Annual report on the lock hospitals of the Madras Presidency
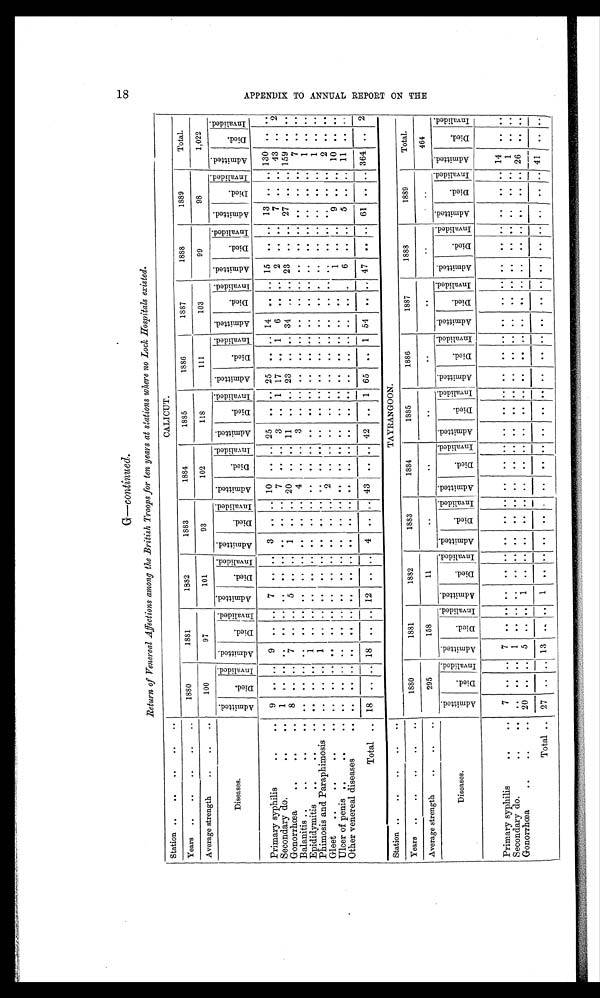
G—continued.
Return of Venereal Affections among the British Troops for ten years at stations where no Loch Hospitals existed.
Station
CALI CUT.
Years
1880
1881
1882
1883
1884
1885
1886
1887
1888
1889
Total.
Average strength
100
97
101
93
102
118
111
103
99
98
1,022
Diseases.
A d m i t t e d .
D i e d .
I n v a l i d e d . A d m i t t e d .
Died.
I n v a l i d e d .
A d m i t t e d .
D i e d .
I n v a l i d e d . A d m i t t e d .
D i e d .
I nv al i ded. A d m i t t e d .
D i e d .
I n v a l i d e d . A d m i t t e d .
D i e d .
I n v a l i d e d .
A d m i t t e d .
D i e d .
I n v a l i d e d . A d m i t t e d .
D i e d .
I nv al i ded.
A d m i t t e d .
D i e d .
I n v a l i d e d . A d m i t t e d .
D i e d .
I nval i ded. A d m i t t e d .
D i e d .
I n v a l i d e d .
Primary syphilis
9
. .
. . 9 .. ..
7
. .
. . 3
. . .. 10 .. .. 25
. . .. 25
. .
. . 14
. . .. 15
. .
. . 13
. . .. 130
. . . .
Secondary do.
1
. .
. . .. .. ..
. .
. . . .
. .
. . ..
7
. .
. . 3
. . 1 17
. . 1
6
. . ..
2
. .
. . 7
. . .. 43
. .
2 . .
Gonorrhœa
8
. .
. . 7 .. ..
5
. .
. . 1
. . .. 20
. .
. . 11
. .
. . 23
. .
. . 34 ... .. 23 ..
. . 27
. . .. 159
. .
. .
Balanitis
. .
. .
. . .. .. ..
. .
. .
. . . .
. . ..
4 . .
. . . .
. 3 .
. . . .
. .
. . . .
. .
. . .. ..
. . . . ..
. .
7
. .
. .
Epididymitis
. .
. .
. . 1 .. ..
. .
. . . .
. .
. . ..
. .
. . . .
. .
. . . .
. .
. . . .
. .
. . .. ..
. .
. . ..
. . ..
1
. . . .
Phimosis and Paraphimosis
.. .. .. 1 .. ..
. .
. . .. . .
. . ..
. .
. .
. . . .
. .
. .
. .
. .
. . . .
. . ..
. .
. .
. . . .
. . . ..
1
. . . .
Gleet
...
. .
. . . . .. .. ..
. .
. .
. . . .
. . ..
2
. . . .
. .
. . . .
. .
. . . .
. . . . .. ..
. . . . ..
. . ..
2
. .
. .
Ulcer of penis
. .
. .
. . .. .. ..
. .
. .
. . . .
. . ..
. .
. .
. . . .
. .
. .
. .
. .
. . . .
. . ..
1
. . ..
9
. . .. 10
. .
. .
Other venereal diseases
. .
. .
. . .. .. ..
. .
. .
. . . .
. . ..
. .
. .
. . . .
. .
. . . .
. .
. . . .
. . .. ..
. . . . 5
. . .. 11 .. ..
Total . . 18 .. .. 18 .. .. 12 . . . . 4 .. .. 43 .. .. 42 .. 1 65 .. 1 54 . . .. 47 .. .. 61 . . .. 364 ..
2
Station
TAYRANGOON.
Years
1880
1881
1882
1883
1884
1885
_
1886
1887
1888
1889
Total.
Average strength
295
158
11
. .
. .
. .
. .
. .
..
..
464
Diseases.
A d m i t t e d .
D i e d .
I n v a l i d e d .
A d m i t t e d .
Di ed.
I n v a l i d e d . A d m i t t e d .
D i e d .
I n v a l i d e d . A d m i t t e d .
D i e d .
I n v a l i d e d . Admi t t ed.
D i e d .
I n v a l i d e d . A d m i t t e d .
D i e d .
I n v a l i d e d . A d m i t t e d .
D i e d .
I n v a l i d e d . A d m i t t e d .
D i e d .
I nval i ded.
A d m i t t e d .
D i e d .
I n v a l i d e d . A d m i t t e d .
D i e d .
I nv al i ded. A d m i t t e d .
D i e d .
I n v a l i d e d .
Primary syphilis
..
7 ..
. . 7 .. ..
. .
. .
. . .
. . ..
. .
. .
. . . .
. .
. .
. .
. .
. . . .
.. ..
. .
. .
. . . .
. . .. 14 ..
. .
Secondary do.
. .
. .
. . .. 1 . ..
. .
. .
. . . .
. . .. .. ..
. . .. ..
. . ..
. . .. ..
.. .. .. .. .. ..
. . ..
1
. .
. .
Gonorrhœa
. . 20 .. .. 5 .. ..
1
. .
. . . .
. . ..
. .
. .
. . . .
. .
. .
. .
. .
. . . .
. . ..
..
. .
. . ..
. . .. 26
. .
. .
Total .. 27 .. .. 13 .. ..
1
. .
. . . .
. . .. ..
. .
. . . .
. .
. . . .
. .
. . . .
. . ..
. .
. .
. . . .
. . .. 41 ..
. .
18
A P P E N D I X T O A N N U A L R E P O R T O N T H E